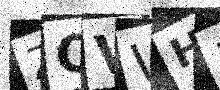
Text: ZQVWH1